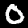
Label: 0